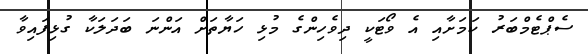
ސެޕްޓެމްބަރު ކަމަށާއި އެ ވޯޓަކީ ދިވެހިންގެ މުޅި ހަޔާތަށް އަންނަ ބަދަލަކާ ގުޅިފައިވާ